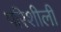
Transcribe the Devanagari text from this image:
परिशीली